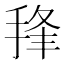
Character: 𰓵